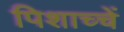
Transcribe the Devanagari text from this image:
पिशाच्चें